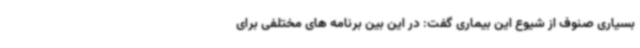
بسیاری صنوف از شیوع این بیماری گفت: در این بین برنامه های مختلفی برای